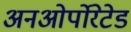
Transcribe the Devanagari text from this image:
अनओर्पोरेटेड